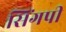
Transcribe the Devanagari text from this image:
सिंगपी